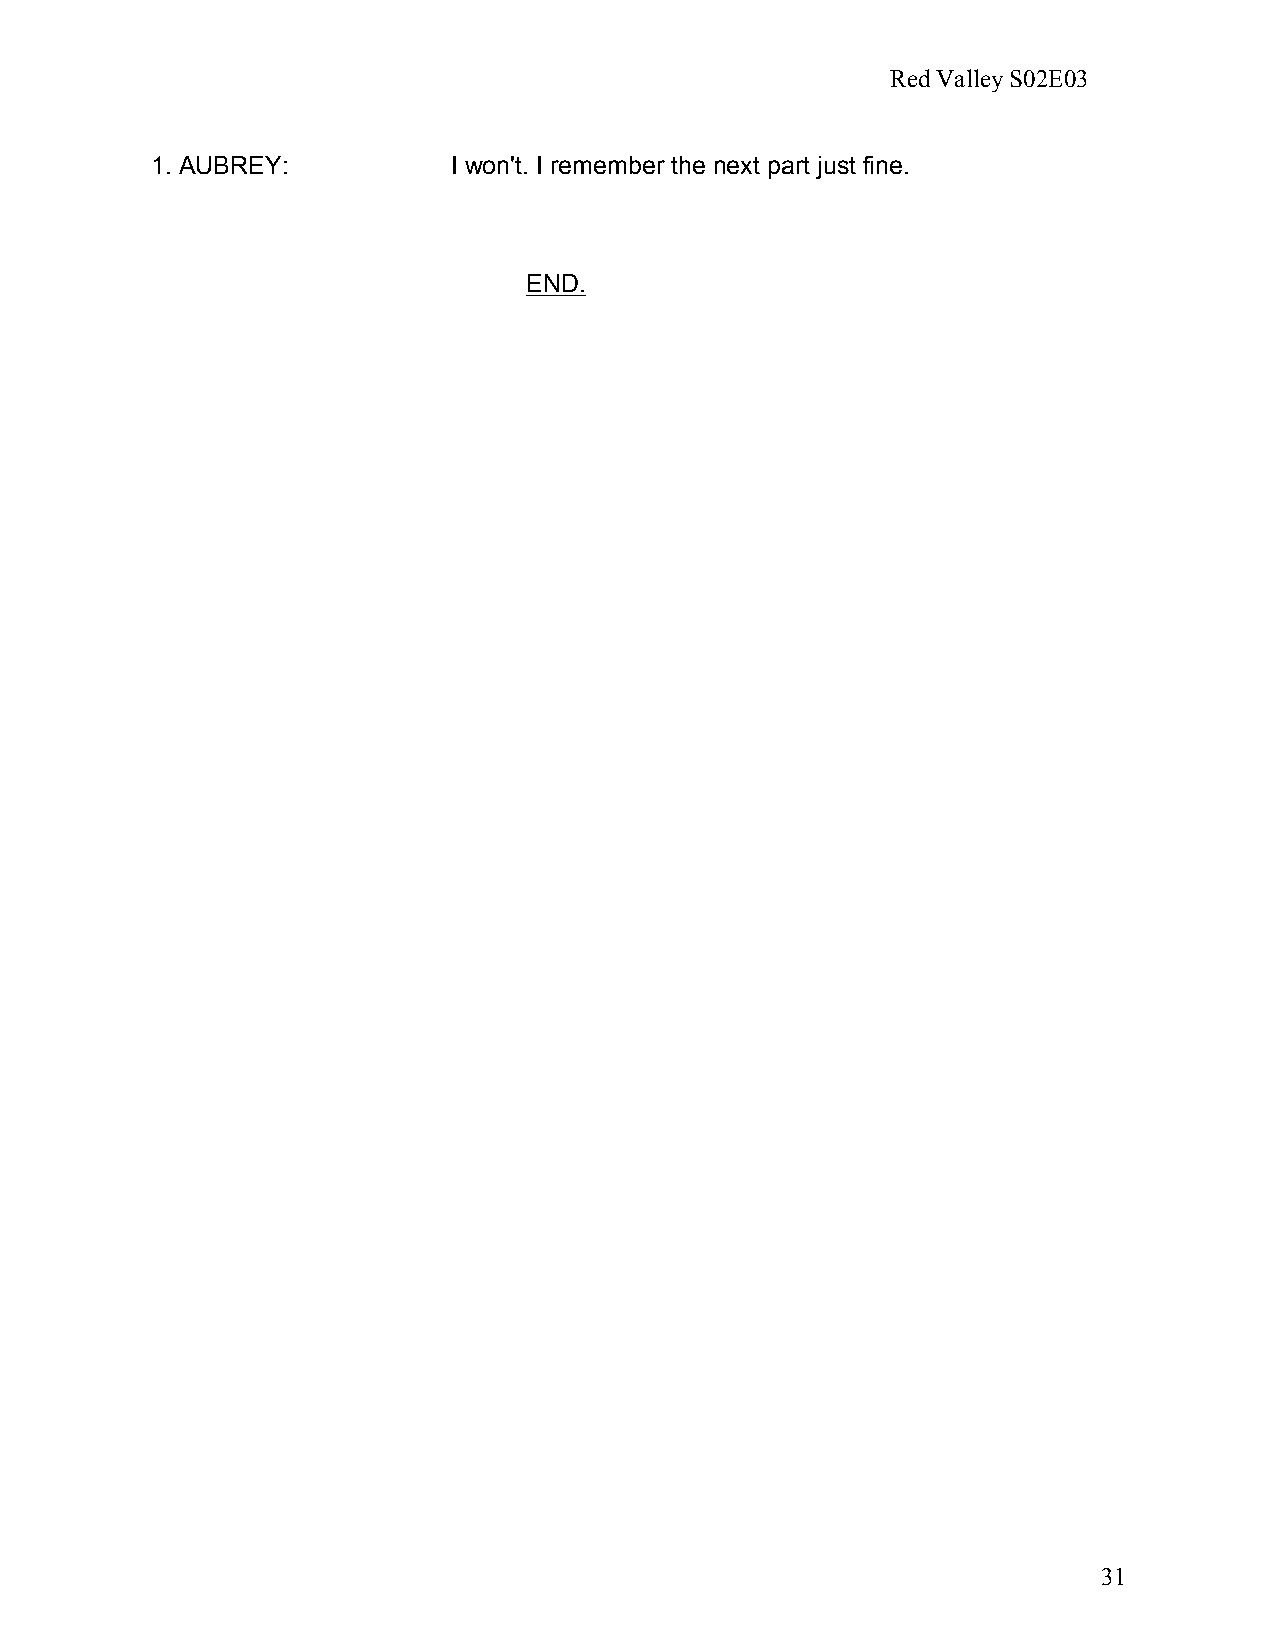
Red Valley S02E03
 1. AUBREY:          I won't. I remember the next part just fine.
 END.
 31